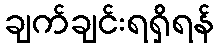
ချက်ချင်းရရှိရန်